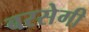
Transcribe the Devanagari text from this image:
बरसेगी